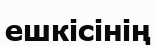
ешкісінің